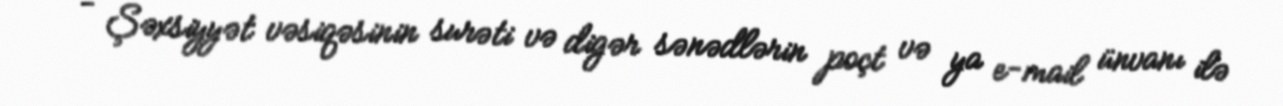
- Şəxsiyyət vəsiqəsinin surəti və digər sənədlərin poçt və ya e-mail ünvanı ilə